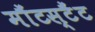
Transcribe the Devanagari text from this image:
मौंटस्टैंट